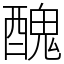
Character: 醜